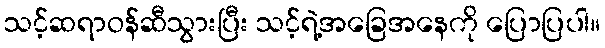
သင့်ဆရာဝန်ဆီသွားပြီး သင့်ရဲ့အခြေအနေကို ပြောပြပါ။